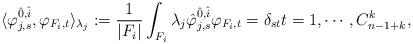
LaTeX: \begin{align*} \langle \varphi^{\hat{0},\hat{i}}_{j,s}, \varphi_{F_i,t}\rangle_{\lambda_j} := \frac{1}{|F_i|}\int_{F_i} \lambda_j\hat{\varphi}_{j,s}^{\hat{0},\hat{i}} \varphi_{F_i,t} = \delta_{st}t = 1, \cdots, C_{n-1+k}^k,\end{align*}